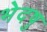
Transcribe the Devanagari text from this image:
भेदषु